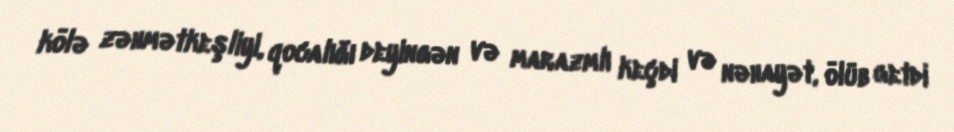
kölə zəhmətkeşliyi, qocalığı deyingən və marazmlı keçdi və nəhayət, ölüb getdi